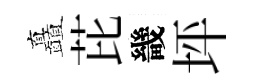
矗芘畿坪